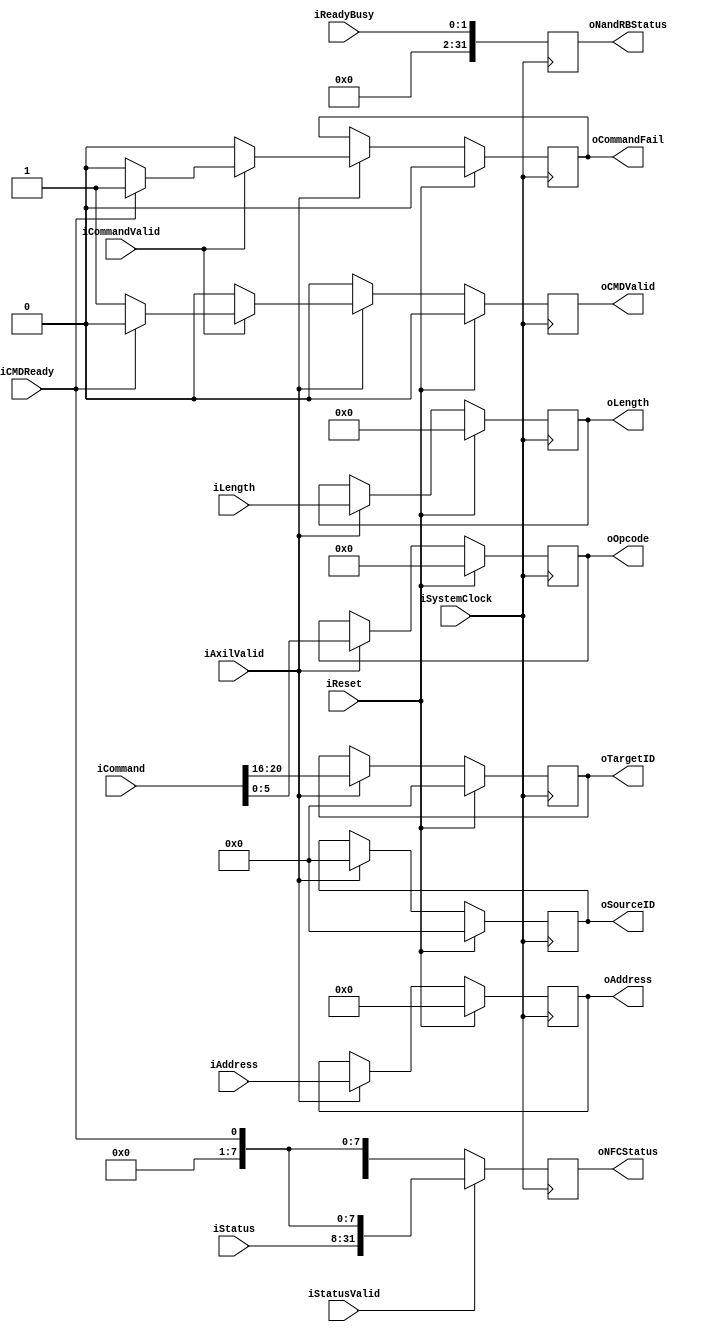
// This program was cloned from: https://github.com/cjhonlyone/NandFlashController
// License: GNU General Public License v3.0

`timescale 1ns / 1ps


module NandFlashController_Interface_adapter
#
(
    parameter NumberOfWays         = 2
)
(
	iSystemClock ,
	iReset       ,

	iAxilValid   ,
	iCommand     ,
	iCommandValid,
	iAddress     ,
	iLength      ,
	oCommandFail ,
	// iDMARAddress ,
	// iDMAWAddress ,
	oNFCStatus   ,
	oNandRBStatus,
	
	
	oOpcode      ,
	oTargetID    ,
	oSourceID    ,
	oAddress     ,
	oLength      ,
	oCMDValid    ,
	iCMDReady    ,

    iStatus      ,
    iStatusValid ,
    
    iReadyBusy   
);

	input                          iSystemClock ;
	input                          iReset ;

	input                          iAxilValid   ;
	input   [31:0]                 iCommand     ;
	input                          iCommandValid;
	input   [31:0]                 iAddress     ;
	input   [15:0]                 iLength      ;
	output                         oCommandFail ;
	// input   [31:0]                 iDMARAddress ;
	// input   [31:0]                 iDMAWAddress ;
	output  [31:0]                 oNFCStatus   ;
	output  [31:0]                 oNandRBStatus;
	
	output  [5:0]                  oOpcode      ;
	output  [4:0]                  oTargetID    ;
	output  [4:0]                  oSourceID    ;
	output  [31:0]                 oAddress     ;
	output  [15:0]                 oLength      ;
	output                         oCMDValid    ;
	input                          iCMDReady    ;
	
	input   [23:0]                 iStatus      ;
	input                          iStatusValid ;
	
	input   [NumberOfWays - 1:0]   iReadyBusy   ;

	reg                            rCommandFail ;
	reg  [5:0]                     rOpcode      ;
	reg  [4:0]                     rTargetID    ;
	reg  [4:0]                     rSourceID    ;
	reg  [31:0]                    rAddress     ;
	reg  [15:0]                    rLength      ;
	reg                            rCMDValid    ;

	reg  [31:0]                    rNFCStatus   ;
	reg  [31:0]                    rNandRBStatus;

    always @ (posedge iSystemClock) begin
        if (iReset) begin
			rOpcode      <= 0;   
			rTargetID    <= 0;   
			rSourceID    <= 0;   
			rAddress     <= 0;   
			rLength      <= 0;   
			rCMDValid    <= 0;  
			rCommandFail <= 0; 
        end else if (iAxilValid) begin
			rOpcode   <= iCommand[5:0];   
			rTargetID <= iCommand[4+16:16];   
			rSourceID <= 0;   
			rAddress  <= iAddress;   
			rLength   <= iLength; 
			if (iCommandValid)  
				if (iCMDReady) begin
					rCMDValid <= 0;
					rCommandFail <= 1;
				end else begin
					rCMDValid <= 1;
					rCommandFail <= 0;
				end
			else begin
				rCommandFail <= 0;
				rCMDValid <= 0;   
			end
				
        end else begin
			rOpcode      <= rOpcode     ;   
			rTargetID    <= rTargetID   ;   
			rSourceID    <= rSourceID   ;   
			rAddress     <= rAddress    ;   
			rLength      <= rLength     ;   
			rCMDValid    <= 0           ;  
			rCommandFail <= rCommandFail;
        end
    end

    always @ (posedge iSystemClock) begin
    	if (iStatusValid) 
    		rNFCStatus <= {iStatus, 7'd0, iCMDReady};
    	else begin
    		rNFCStatus <= {rNFCStatus[31:8], 7'd0, iCMDReady};
    	end
    	rNandRBStatus <= iReadyBusy;
    end

	assign oNFCStatus    = rNFCStatus   ;
	assign oNandRBStatus = rNandRBStatus;
	
	assign oCommandFail  = rCommandFail ;
	assign oOpcode       = rOpcode      ;
	assign oTargetID     = rTargetID    ;
	assign oSourceID     = rSourceID    ;
	assign oAddress      = rAddress     ;
	assign oLength       = rLength      ;
	assign oCMDValid     = rCMDValid    ;

endmodule